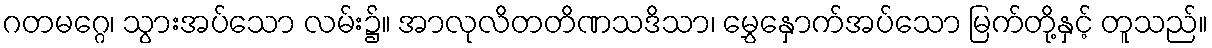
ဂတမဂ္ဂေ၊ သွားအပ်သော လမ်း၌။ အာလုလိတတိဏသဒိသာ၊ မွှေနှောက်အပ်သော မြက်တို့နှင့် တူသည်။